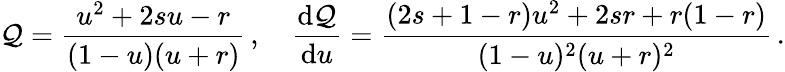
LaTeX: \mathcal{Q}=\frac{{u^{2}+2su-r}}{{(1-u)(u+r)}}\, ,\quad\frac{{\mathrm{{d}}\mathcal{Q}}}{{\mathrm{{d}}u}}=\frac{{(2s+1-r)u^{2}+2sr+r(1-r)}}{{(1-u)^{2}(u+r)^{2}}}\, .